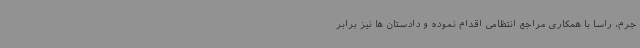
جرم، راساً با همکاری مراجع انتظامی اقدام نموده و دادستان ها نیز برابر